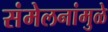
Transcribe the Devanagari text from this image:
संमेलनांमुळे